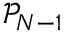
\mathcal { P } _ { N - 1 }